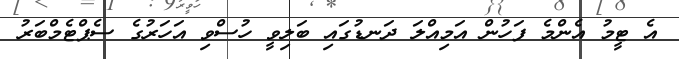
އެ ޓީމު އެންމެ ފަހުން އަމިއްލަ ދަނޑުގައި ބަލިވީ ހުސްވި އަހަރުގެ ސެޕްޓެމްބަރު